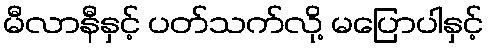
မီလာနီနှင့် ပတ်သက်လို့ မပြောပါနှင့်